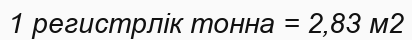
1 регистрлік тонна = 2‚83 м2